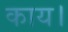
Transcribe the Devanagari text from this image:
काय।